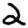
Digit: 2